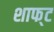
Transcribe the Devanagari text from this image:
शाफ्‌ट